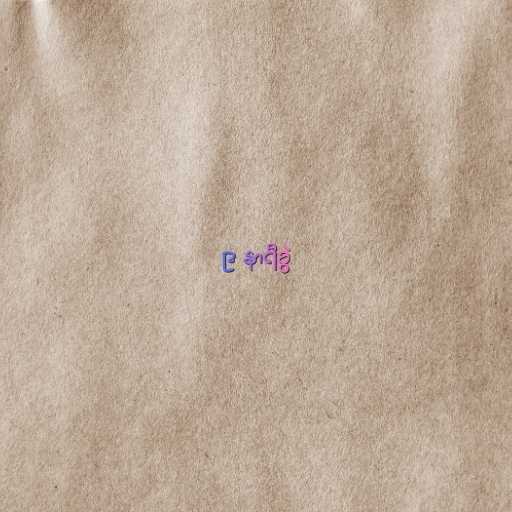
၉ နာရီခွဲ